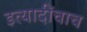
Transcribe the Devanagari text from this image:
इत्यादींचाच